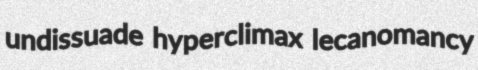
undissuade hyperclimax lecanomancy